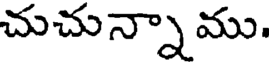
చుచున్నాము.